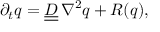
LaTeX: \partial _ { t } { \boldsymbol { q } } = { \underline { { \underline { { \boldsymbol { D } } } } } } \, \nabla ^ { 2 } { \boldsymbol { q } } + { \boldsymbol { R } } ( { \boldsymbol { q } } ) ,